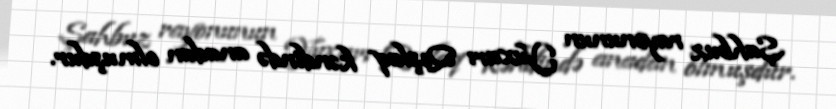
Şahbuz rayonunun Yuxarı Qışlaq kəndində anadan olmuşdur.